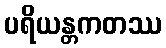
ပရိယန္တကတဿ